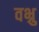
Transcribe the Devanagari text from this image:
वभ्रु